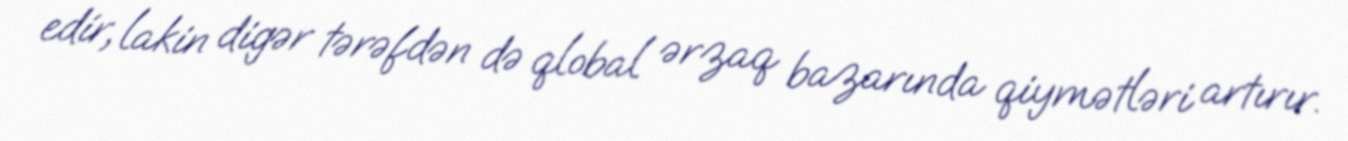
edir, lakin digər tərəfdən də qlobal ərzaq bazarında qiymətləri artırır.